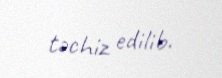
təchiz edilib.